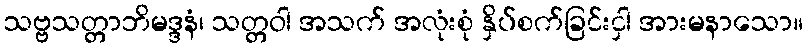
သဗ္ဗသတ္တာဘိမဒ္ဒနံ၊ သတ္တဝါ အသက် အလုံးစုံ နှိပ်စက်ခြင်းငှါ အားမနာသော။